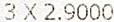
3 X 2.9000